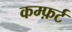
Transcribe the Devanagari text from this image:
कम्फ़र्ट